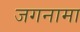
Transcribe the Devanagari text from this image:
जगनामा